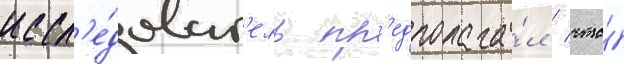
иссл'е́доват'ель пр'едполага́л / что́